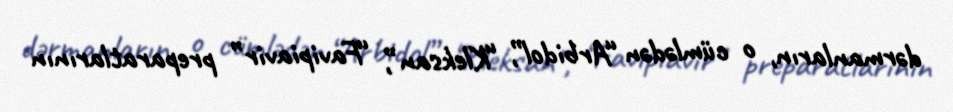
dərmanların, o cümlədən “Arbidol”, “Kleksan”, “Favipiavir” preparatlarının